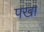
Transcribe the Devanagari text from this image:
पखा